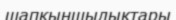
шапқыншылыктары